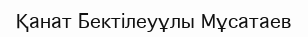
Қанат Бектілеуұлы Мұсатаев